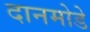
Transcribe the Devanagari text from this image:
दानमोडे